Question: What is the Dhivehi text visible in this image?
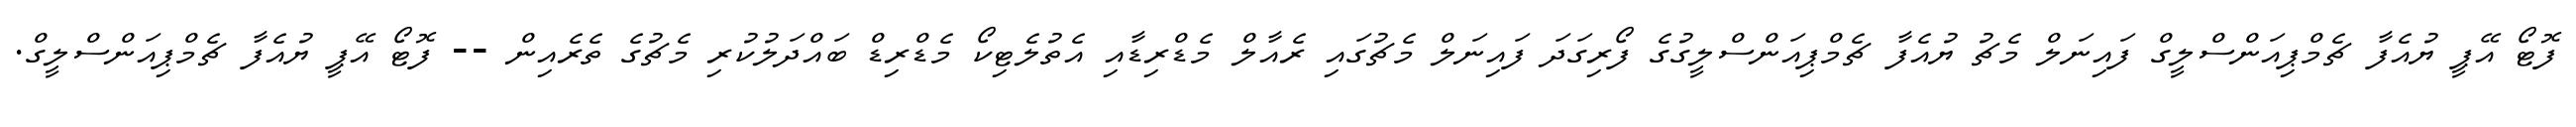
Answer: ފޮޓޯ އޭޕީ ޔުއެފާ ޗެމްޕިއަންސްލީގް ފައިނަލް މެޗު ޔުއެފާ ޗެމްޕިއަންސްލީގުގެ ފޯރިގަދަ ފައިނަލް މެޗުގައި ރެއާލް މެޑްރިޑާއި އެތުލެޓިކޯ މެޑްރިޑް ބައްދަލުކުރި މެޗުގެ ތެރެއިން -- ފޮޓޯ އޭޕީ ޔުއެފާ ޗެމްޕިއަންސްލީގް.